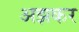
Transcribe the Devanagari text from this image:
अझकर